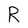
Character: R